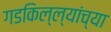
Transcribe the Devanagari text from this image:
गडकिल्ल्यांच्या